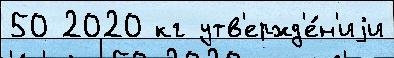
50 2020 кг утв'ержд'е́н'иjи